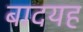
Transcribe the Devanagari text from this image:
बादयह